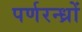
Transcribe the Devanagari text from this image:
पर्णरन्ध्रों